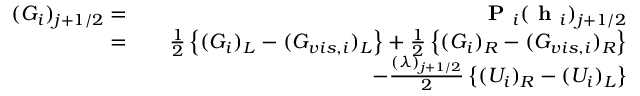
\begin{array} { r l r } { ( G _ { i } ) _ { j + 1 / 2 } = } & { } & { \textbf { P } _ { i } ( \textbf { h } _ { i } ) _ { j + 1 / 2 } } \\ { = } & { } & { \frac { 1 } { 2 } \left\{ ( G _ { i } ) _ { L } - ( G _ { v i s , i } ) _ { L } \right\} + \frac { 1 } { 2 } \left\{ ( G _ { i } ) _ { R } - ( G _ { v i s , i } ) _ { R } \right\} } \\ & { } & { - \frac { ( \lambda ) _ { j + 1 / 2 } } { 2 } \left\{ ( U _ { i } ) _ { R } - ( U _ { i } ) _ { L } \right\} } \end{array}